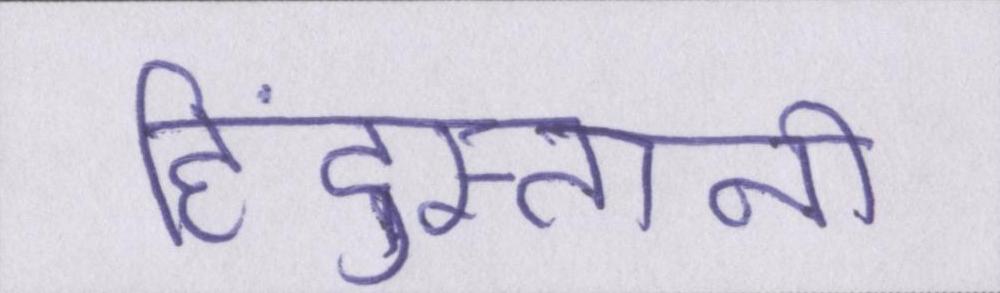
हिंदुस्तानी